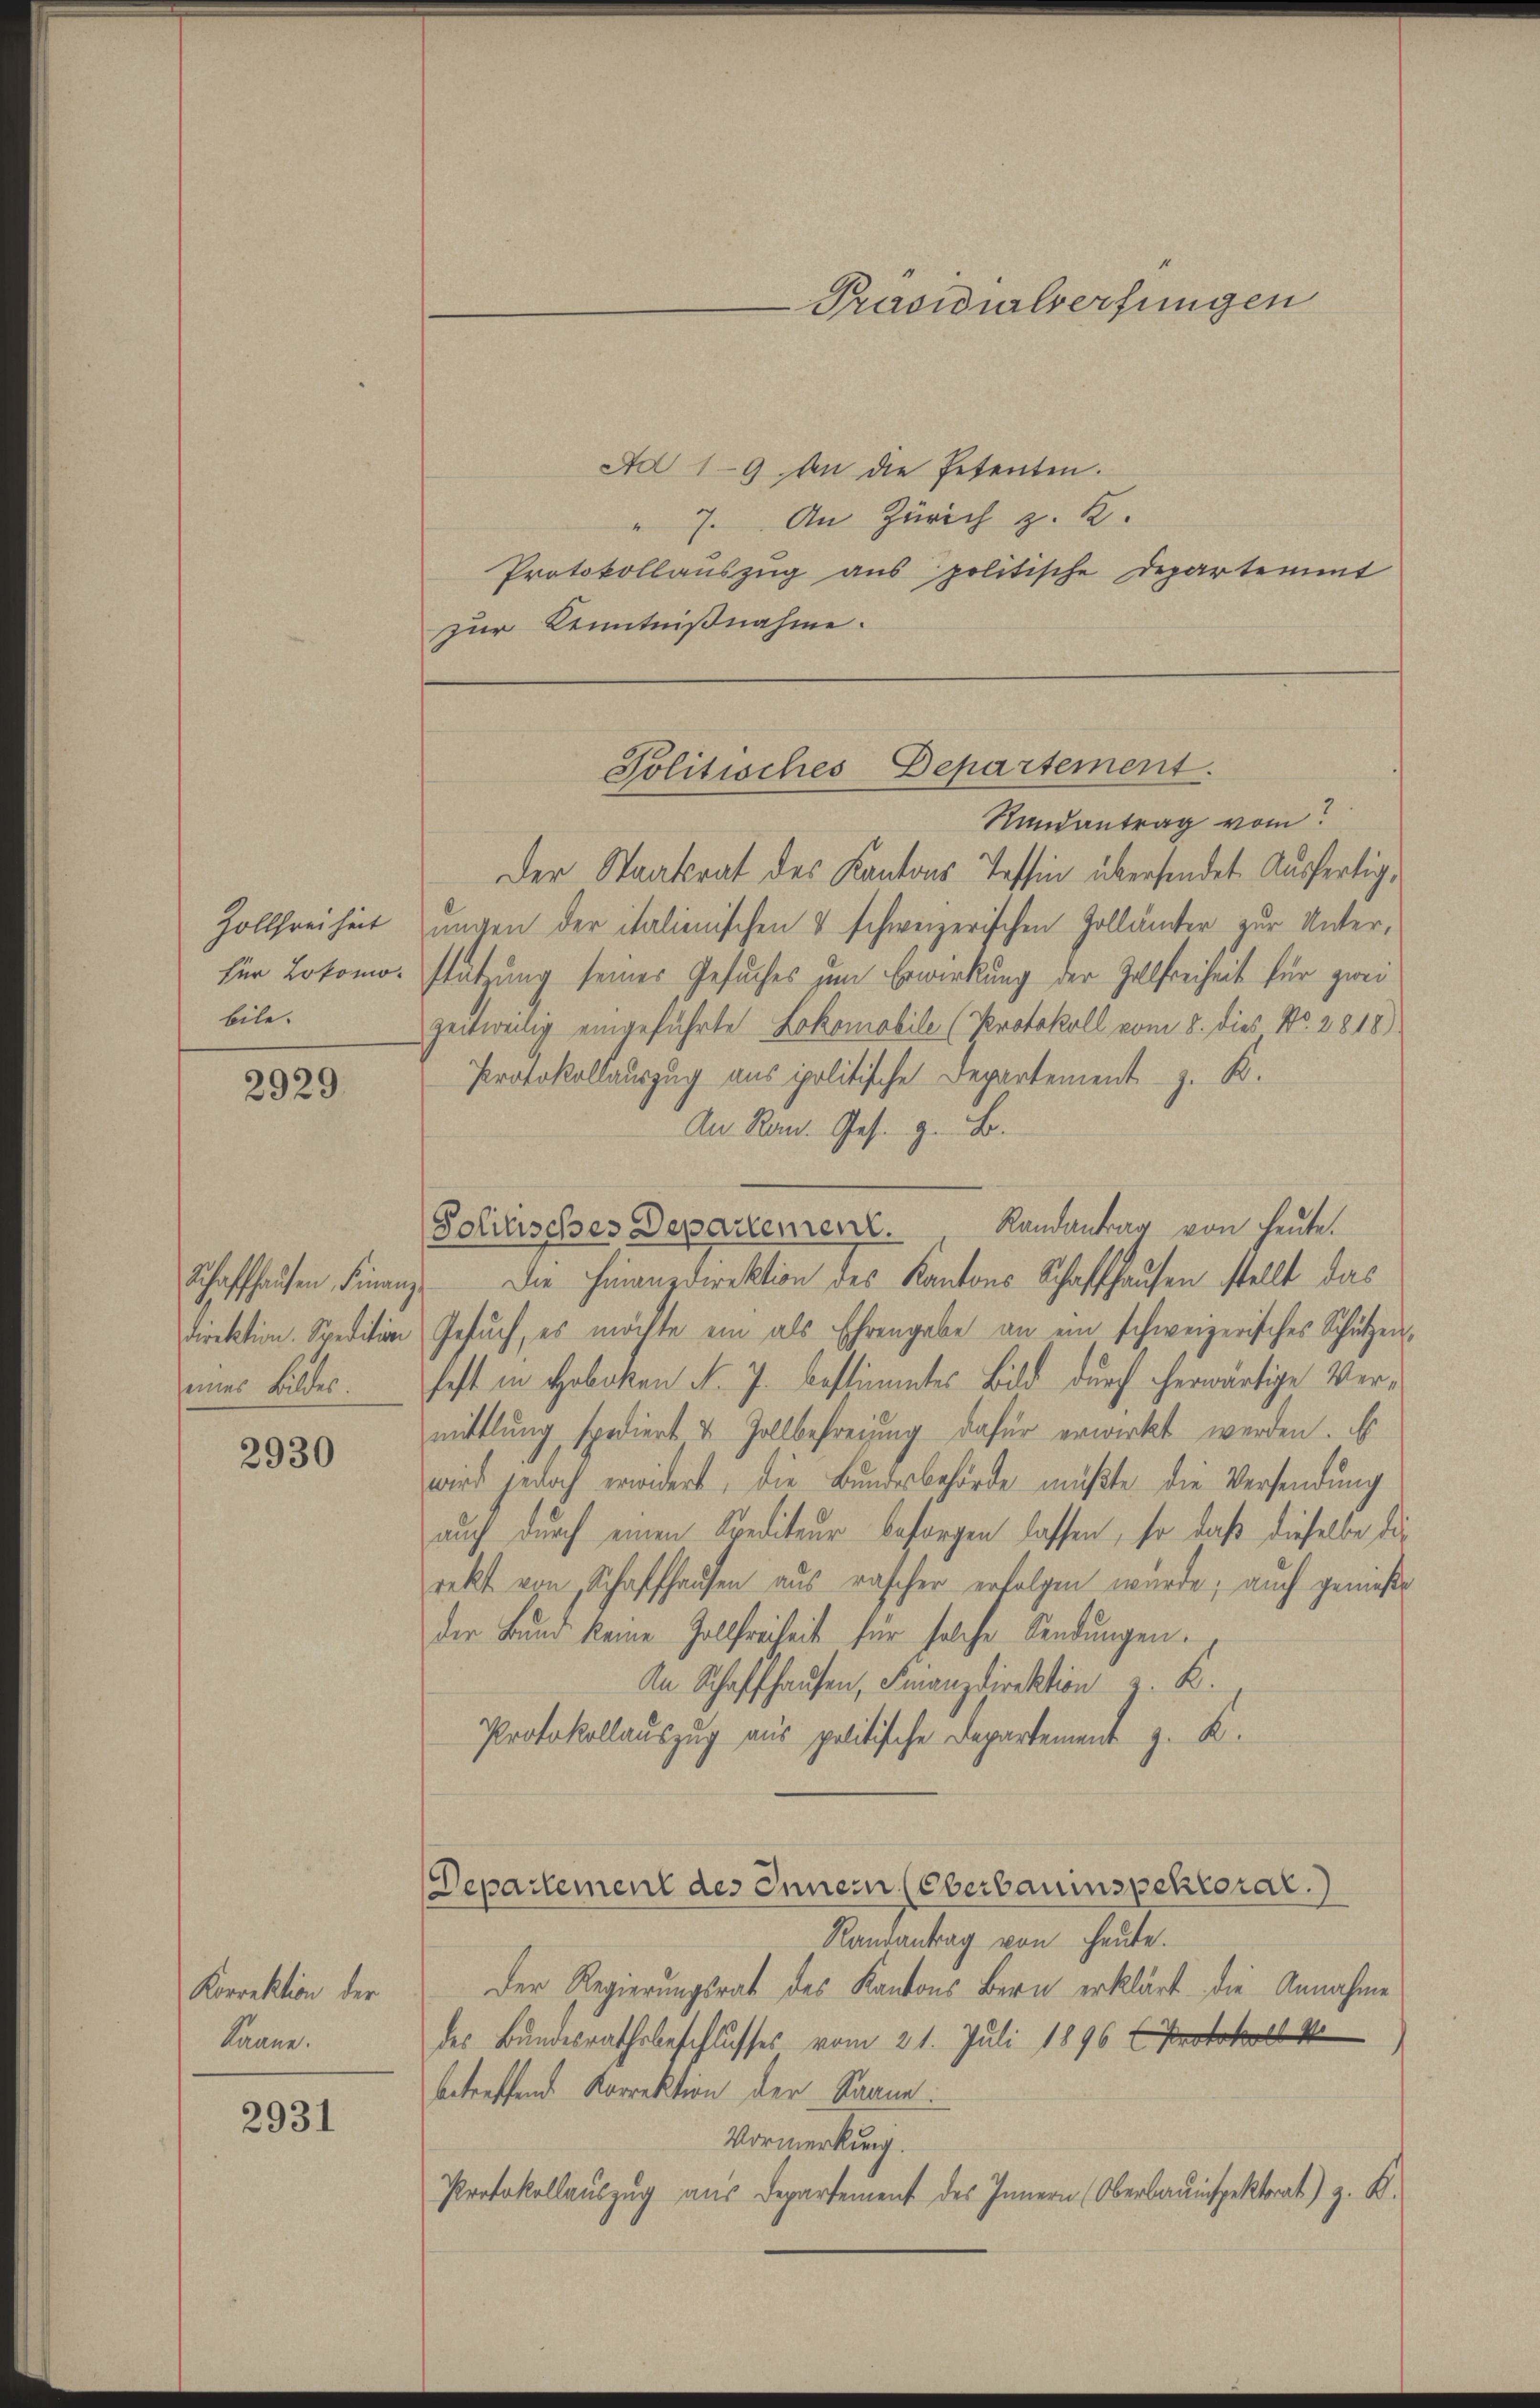
Hollfreiheit
für Lokomobile.

2929

Schaffhausen, Finaneines Bildes.

2930

Korrektion der
könne.

2931

Ad 19. An die Petenten.
" 7. An Zürich z. B.
Protokollauszug aus politische Departement
zur Kenntnißnahme.

Präsidialverfungen

Randantrag vom
Der Staatsrat des Kantons Tessin übersendet. Ausfertig,
ungen der italienischen V schweizerischen Zollämter zur Unterstützung seiner Gesuches um Erwirkung der Zollfreiheit für zwei
zeitweilig eingeführte Lokomobile (Protokoll vom 8. dies No. 2818).
Protokollauszug aus spolitische Departement z. K.
An Ran. Ges. z. B.
Politisches Departement. Randantrag von heute.
3. Die Finanzdirektion des Kantons Schaffhausen stellt das
Direktion. Spedition Gesŭch, es möchte ein als Ehrengabe an ein schweizerisches Schützen.
haft in Hoboken d. J. bestimmtes Bild durch herwärtige Vermittlung spediert & Zollbefreiung dafür erwirkt werden. Er
wird jedoch erwidert, die Bundesbehörde müßte die Versendung
auch durch einen Krediteur besorgen lassen, so daß dieselbe die
rekt von Schaffhausen aus rascher erfolgen würde; auch genieße
der Bund keine Zollfreiheit für solche Sendungen.
An Schaffhausen, Finanzdirektion z. B.
Protokollauszug aus politische Departement z. K.
Departement des Innern (Oberbauinspektoral.
Randantrag von heute.
Der Regierungsrat des Kantons Bern erklärt die Annahme
des Bundesrathsbeschlusses vom 21. Juli 1896 (Pro
betreffend Korrektion der Saane
Vormerkung.
Protokollauszug aus Departement des Innern (Oberbauinspektorat) z. B.

Politisches Departement.